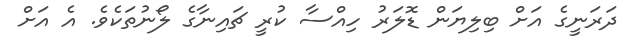
ދަރަނީގެ އަށް ބިލިޔަން ޑޮލަރު ހިއްސާ ކުރީ ޗައިނާގެ ލޯނުތަކެވެ. އެ އަށް